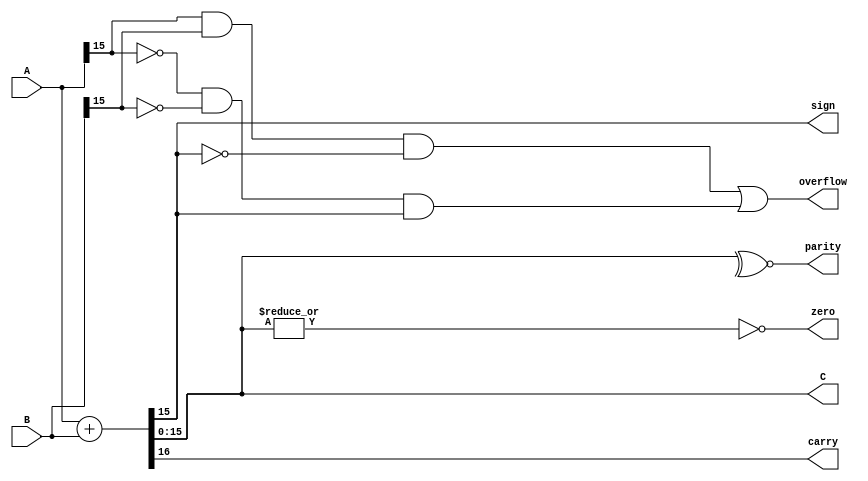
module au (A, B, C, sign, zero, carry, parity, overflow);

    input [15:0]A,B;
    output [15:0]C;
    output sign, zero, carry, parity, overflow;

    assign {carry,C} = A+B;
    assign sign = C[15];
    assign zero = ~|C;
    assign parity = ~^C;
    assign overflow = (A[15]&B[15]&~C[15]|~A[15]&~B[15]&C[15]);

endmodule